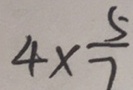
4 \times \frac { 5 } { 7 }